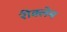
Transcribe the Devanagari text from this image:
रीक्लेम